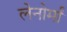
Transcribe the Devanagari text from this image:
लेनोर्मां